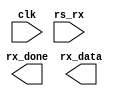
`timescale 1ns / 1ps
//////////////////////////////////////////////////////////////////////////////////
// Company: 
// Engineer: 
// 
// Design Name: 
// Module Name: keyboard_buf
// Project Name: 
// Target Devices: 
// Tool Versions: 
// Description: 
// 
// Dependencies: 
// 
// Revision:
// Revision 0.01 - File Created
// Additional Comments:
// 
//////////////////////////////////////////////////////////////////////////////////


module spi_rx
    #(parameter baud_rate=115200)
   (input clk,
    input rs_rx,
    output rx_done,
    output [7:0] rx_data
    );
    
    reg sync_a = 0;
    reg sync_b = 0;
    reg [7:0] shift_reg = "00000000";
    reg [7:0] buffer [31:0];
    
    always @ (clk) begin
        sync_a <= rs_rx;
        sync_b <= sync_a;
    end
    
    /* shift reg and data reg*/
    
    /* controller */
    
        
endmodule